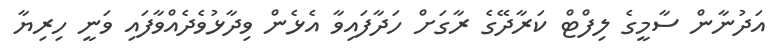
އަދުނާން ސާމީގެ ލިފްޓް ކަރާދޭގެ ރާގަށް ހަދާފައިވާ އެޅެން ވިދާޅުވެދެއްވާފައި ވަނީ ހިރިޔާ